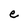
Character: e